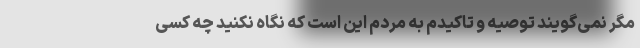
مگر نمی‌گویند توصیه و تاکیدم به مردم این است که نگاه نکنید چه کسی